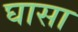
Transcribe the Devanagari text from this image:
घासा